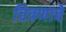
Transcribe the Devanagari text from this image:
चित्रणाचे